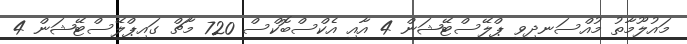
މައުލޫމާތު މުއްސަނދިވި ޕްލޭސްޓޭޝަން 4 އާއި އެކްސްބޮކްސް 720 މާޗް ގައިޕްލޭސްޓޭޝަން 4